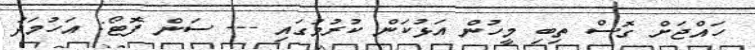
ހައްޖަށް ގޮސް ތިބި މީހުން އަޅުކަން ކުރުމުގައި --- ސަން ފޮޓޯ: އަހުމަދު